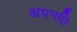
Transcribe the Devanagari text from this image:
अपनति